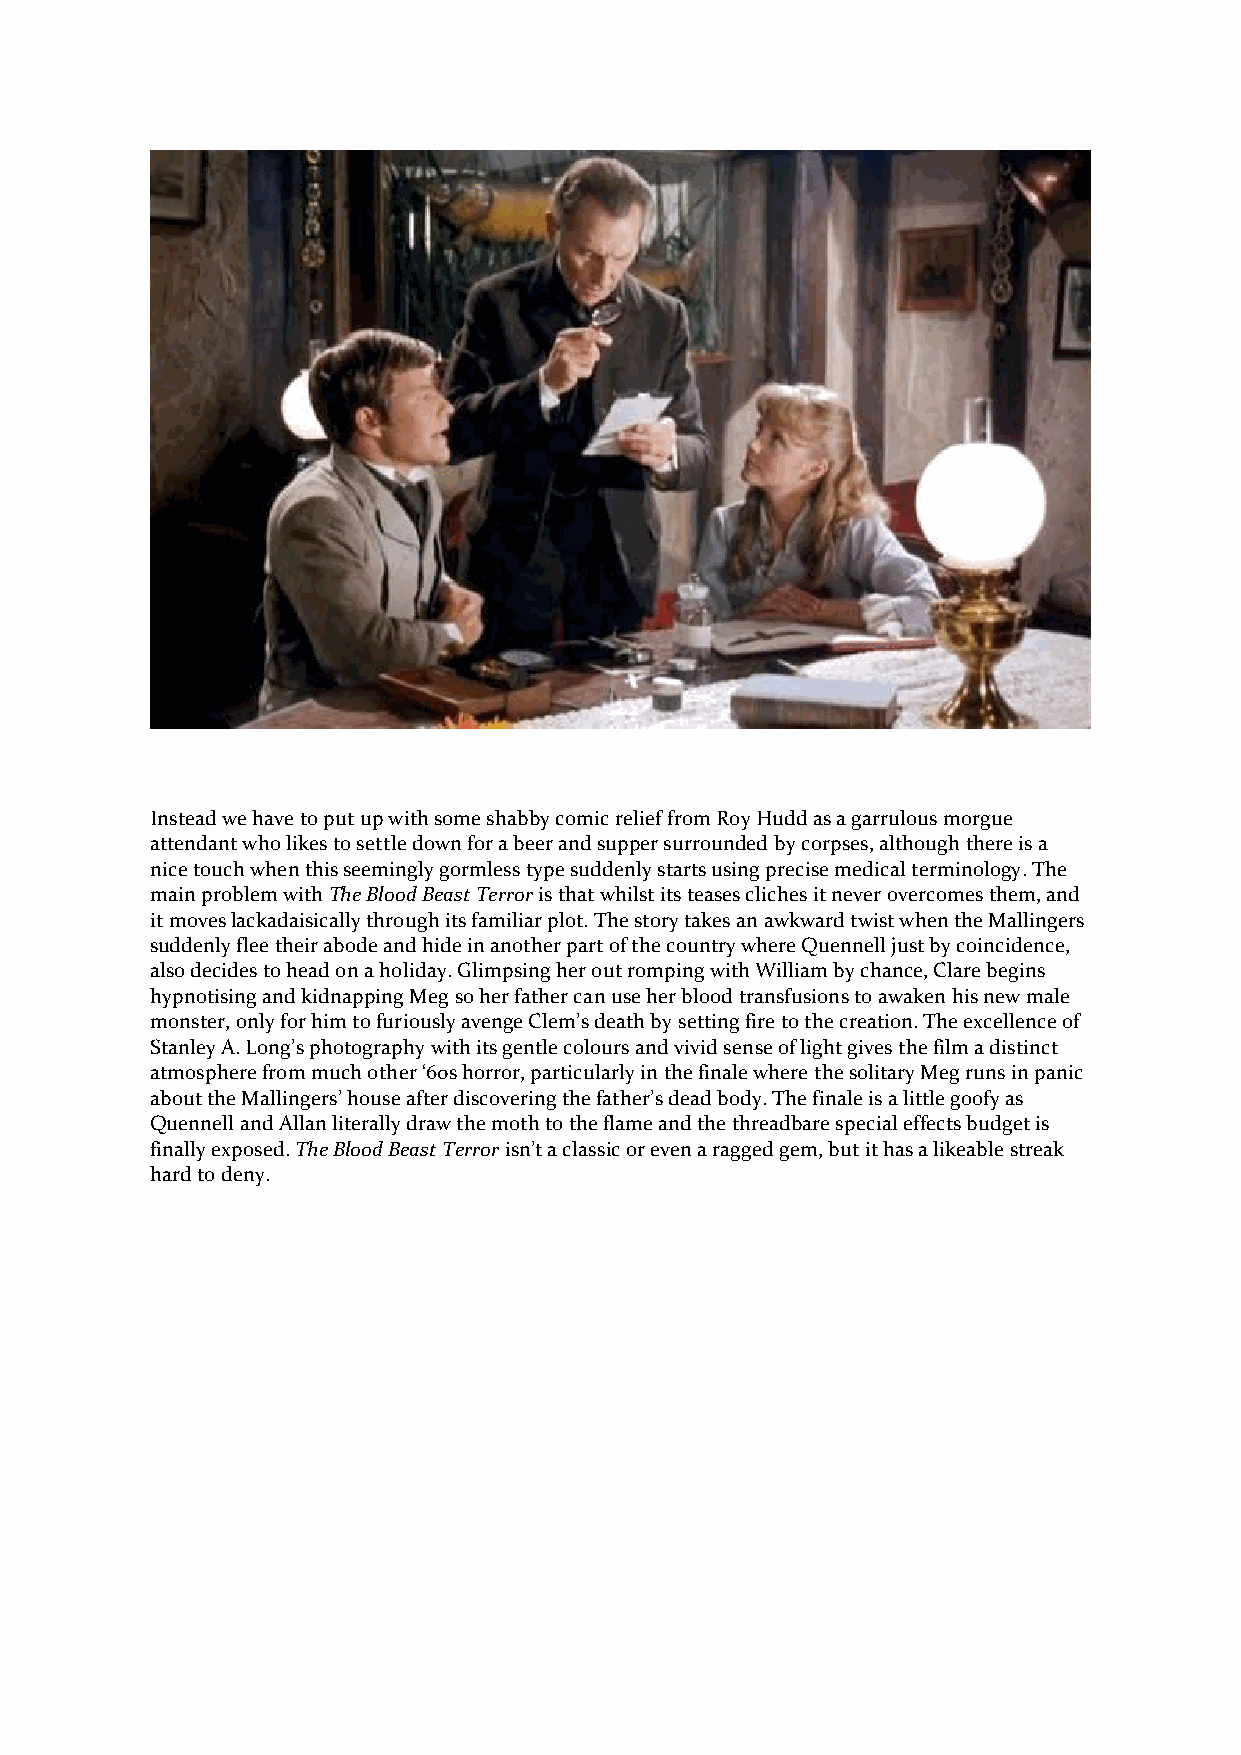
Instead we have to put up with some shabby comic relief from Roy Hudd as a garrulous morgue
 attendant who likes to settle down for a beer and supper surrounded by corpses, although there is a
 nice touch when this seemingly gormless type suddenly starts using precise medical terminology. The
 main problem with The Blood Beast Terror is that whilst its teases cliches it never overcomes them, and
 it moves lackadaisically through its familiar plot. The story takes an awkward twist when the Mallingers
 suddenly flee their abode and hide in another part of the country where Quennell just by coincidence,
 also decides to head on a holiday. Glimpsing her out romping with William by chance, Clare begins
 hypnotising and kidnapping Meg so her father can use her blood transfusions to awaken his new male
 monster, only for him to furiously avenge Clem’s death by setting fire to the creation. The excellence of
 Stanley A. Long’s photography with its gentle colours and vivid sense of light gives the film a distinct
 atmosphere from much other ‘60s horror, particularly in the finale where the solitary Meg runs in panic
 about the Mallingers’ house after discovering the father’s dead body. The finale is a little goofy as
 Quennell and Allan literally draw the moth to the flame and the threadbare special effects budget is
 finally exposed. The Blood Beast Terror isn’t a classic or even a ragged gem, but it has a likeable streak
 hard to deny.